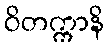
ဝိတက္ကာနိ